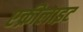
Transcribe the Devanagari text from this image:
एक्रीलाइट